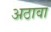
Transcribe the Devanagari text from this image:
अठावा